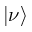
| \nu \rangle